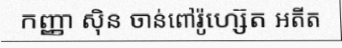
កញ្ញា ស៊ិន ចាន់ពៅរ៉ូហ្ស៊េត អតីត